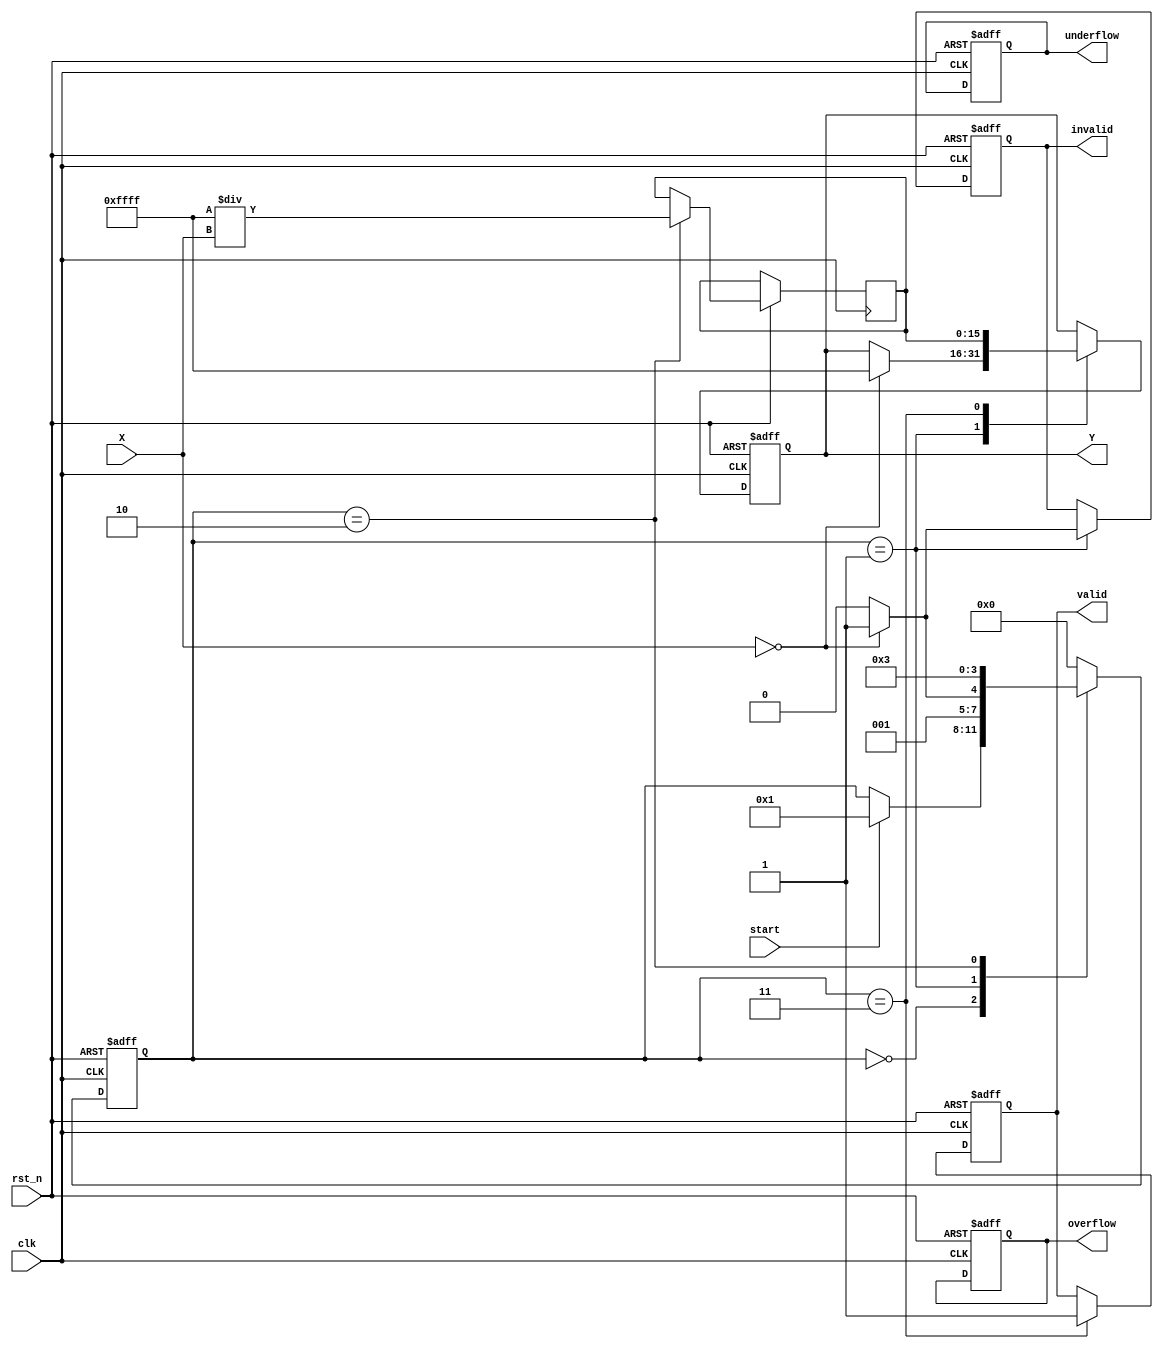
module DirectReciprocalUnit (
    input wire clk,            // Clock signal
    input wire rst_n,          // Active low reset signal
    input wire start,          // Start signal to begin computation
    input wire [15:0] X,       // Input value (fixed-point)
    output reg [15:0] Y,       // Output reciprocal value (fixed-point)
    output reg valid,          // Indicates if output is valid
    output reg overflow,       // Overflow flag
    output reg underflow,      // Underflow flag
    output reg invalid         // Invalid input flag
);

    reg [15:0] reciprocal; // Store computed reciprocal
    reg [3:0] state;       // State variable for FSM

    // State encoding
    localparam IDLE          = 4'b0000;
    localparam VALIDATE      = 4'b0001;
    localparam CALCULATE     = 4'b0010;
    localparam OUTPUT         = 4'b0011;

    // FSM for operation control
    always @(posedge clk or negedge rst_n) begin
        if (!rst_n) begin
            // Reset states
            Y <= 16'b0;
            valid <= 1'b0;
            overflow <= 1'b0;
            underflow <= 1'b0;
            invalid <= 1'b0;
            state <= IDLE;
        end else begin
            case (state)
                IDLE: begin
                    if (start) begin
                        state <= VALIDATE;
                    end
                end

                VALIDATE: begin
                    if (X == 16'b0) begin
                        invalid <= 1'b1; // Division by zero
                        Y <= 16'hFFFF;   // Example: output infinity or error code
                        state <= OUTPUT;
                    end else begin
                        invalid <= 1'b0; // Valid input
                        state <= CALCULATE;
                    end
                end

                CALCULATE: begin
                    // Simple reciprocal calculation (1/X)
                    // In practice, this should be more sophisticated (e.g., using iterative methods)
                    reciprocal = (16'hFFFF / X); // Just an example; adjust for fixed-point representation
                    state <= OUTPUT;
                end

                OUTPUT: begin
                    Y <= reciprocal; // Output the computed reciprocal
                    valid <= 1'b1;   // Indicate output is valid
                    state <= IDLE;   // Return to idle state
                end

                default: state <= IDLE; // Default state
            endcase
        end
    end

endmodule